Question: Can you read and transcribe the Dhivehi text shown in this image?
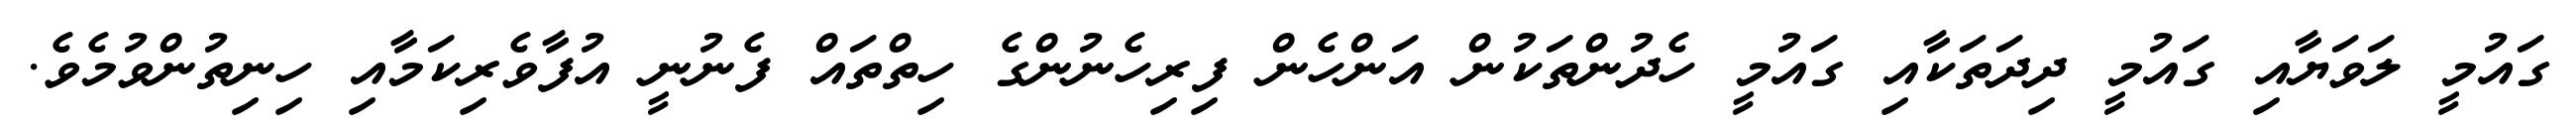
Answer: ގައުމީ ލަވަޔާއި ގައުމީ ދިދަތަކާއި ގައުމީ ހެދުންތަކުން އަންހެން ފިރިހެނުންގެ ހިތްތައް ފެނުނީ އުފާވެރިކަމާއި ހިނިތުންވުމެވެ.